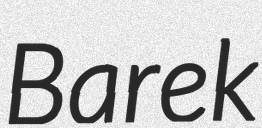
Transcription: Barek